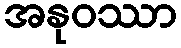
အနုဝဿာ